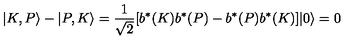
| K , P \rangle - | P , K \rangle = { \frac { 1 } { \sqrt { 2 } } } [ b ^ { \ast } ( K ) b ^ { \ast } ( P ) - b ^ { \ast } ( P ) b ^ { \ast } ( K ) ] | 0 \rangle = 0